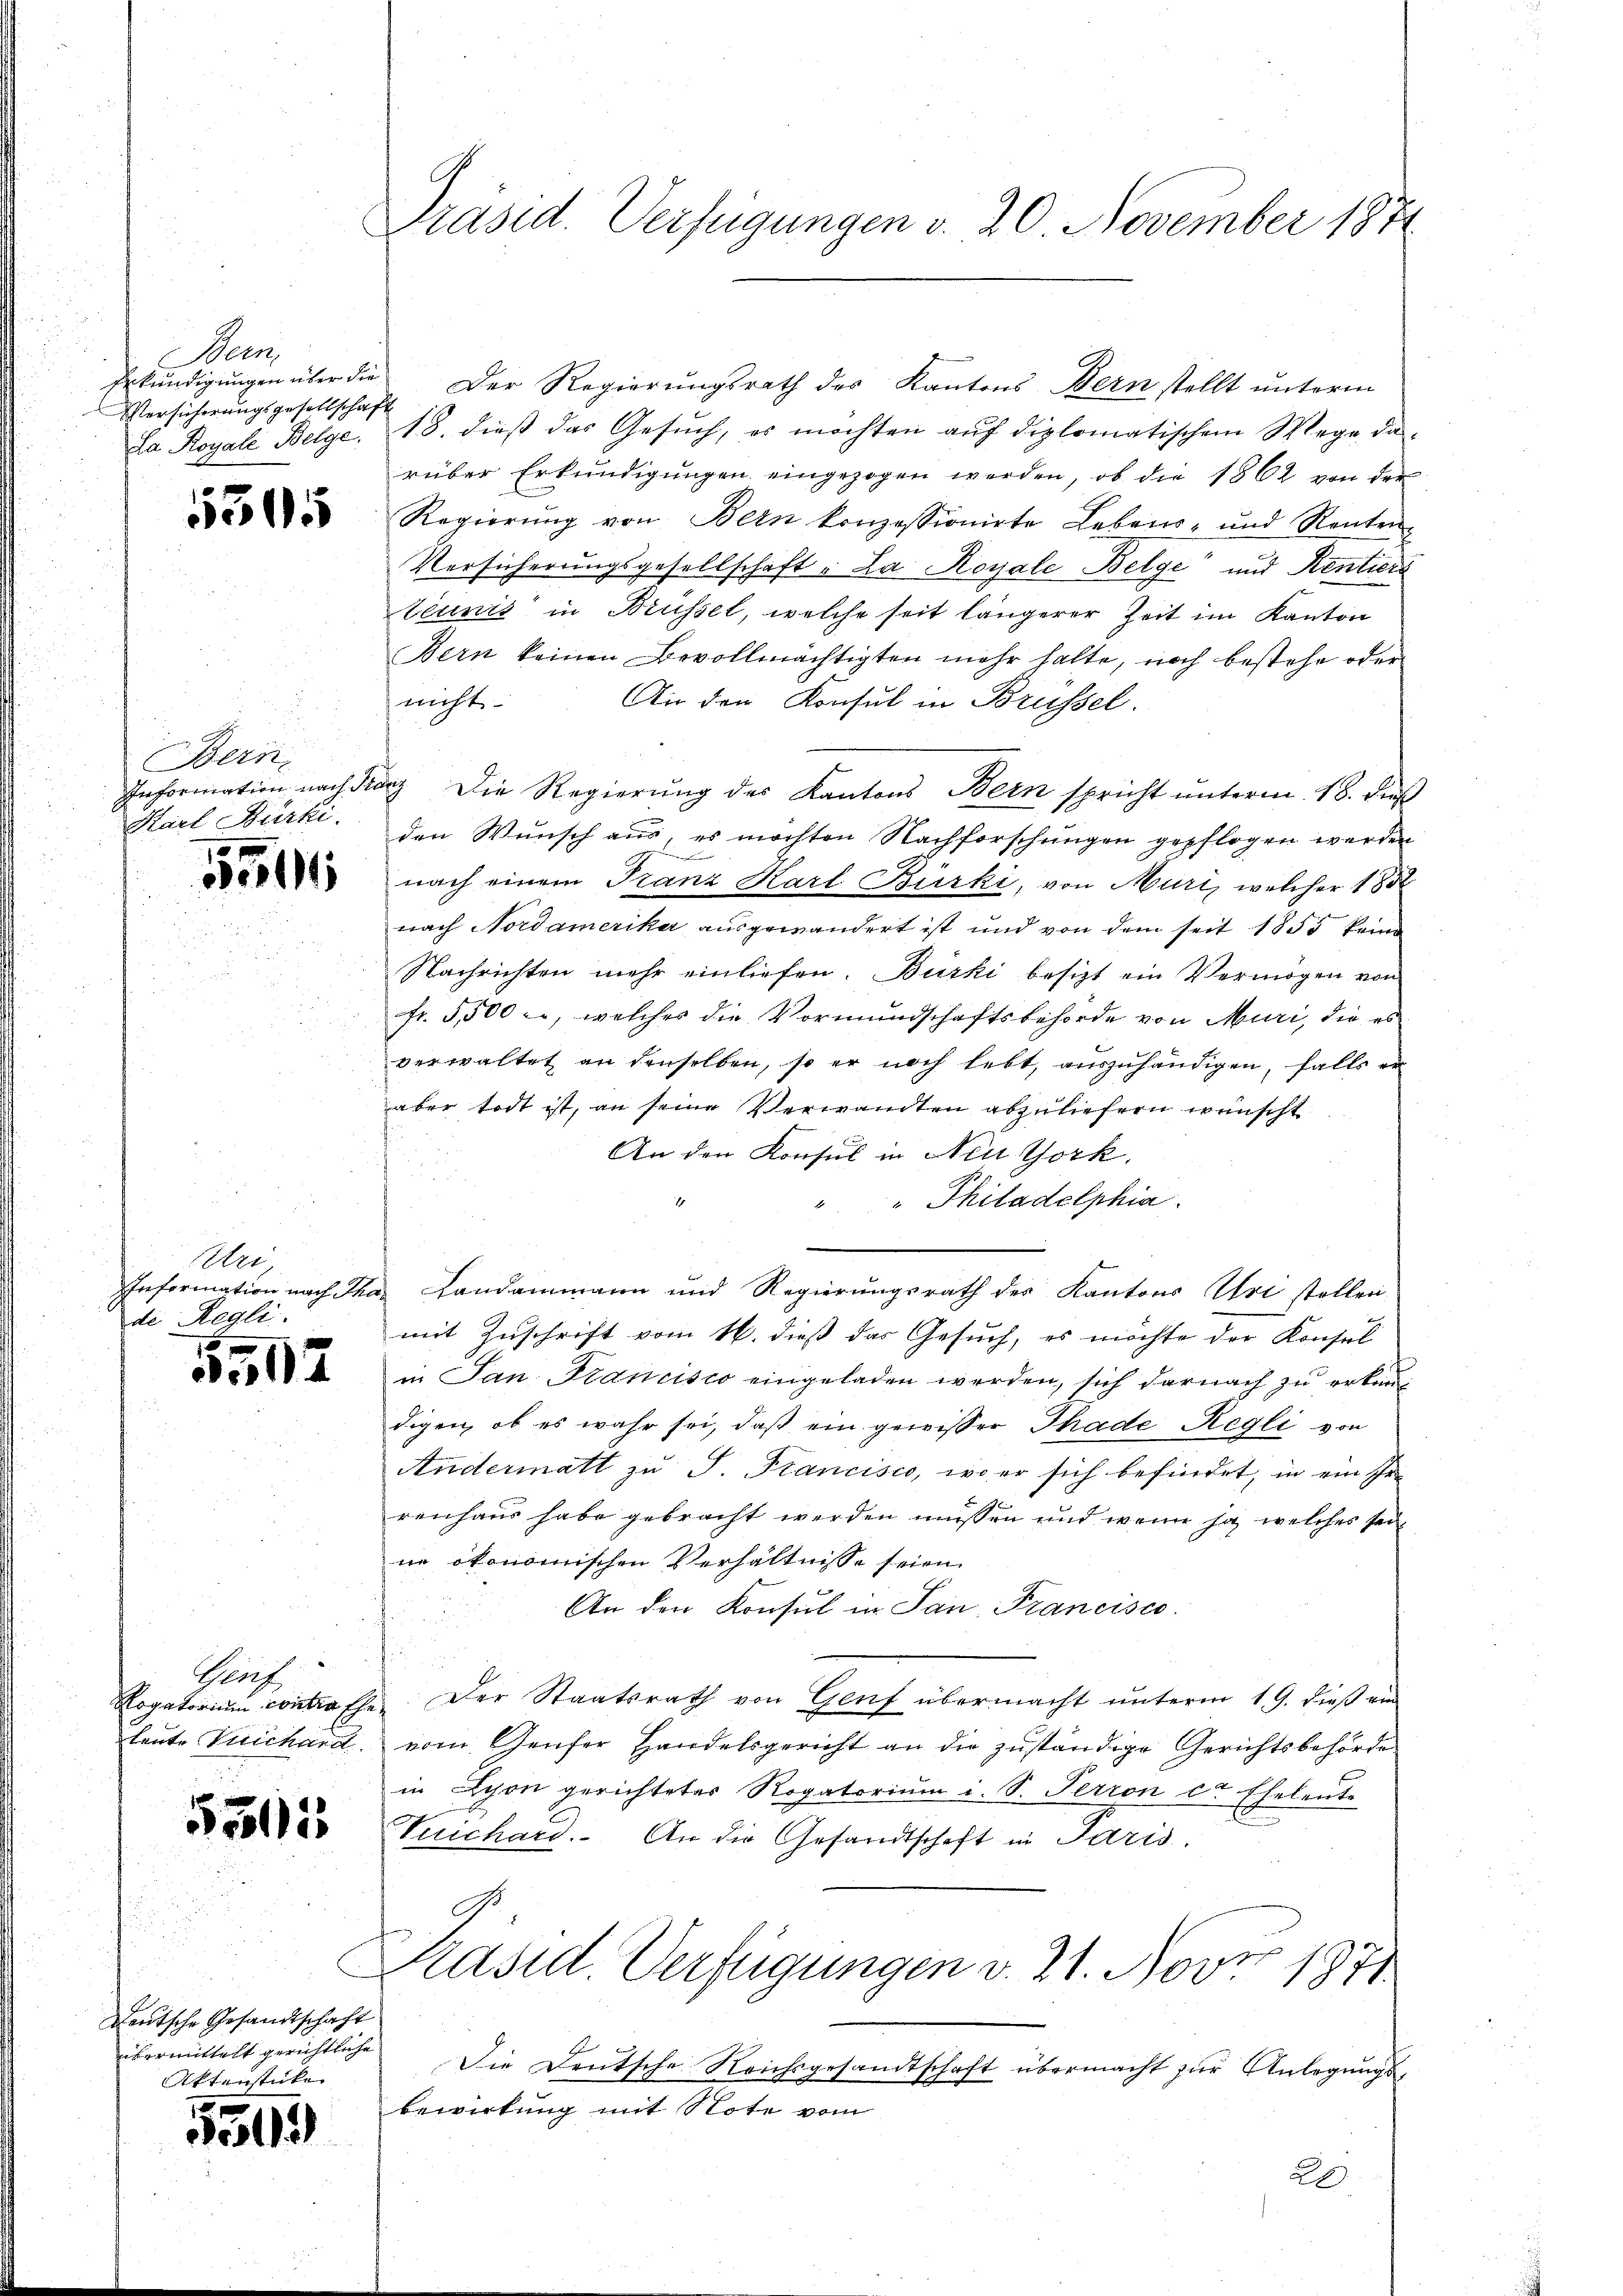
Seen
Versicherungsgesellschaft

1505

Bern.
Hael Bürki

554

Aller,
de Regli

10 x
17

Prof.

5505

Teutsche Gesandtschaft
übermittelt gerichtliche
Aktenstücke

e
e12

Erkundigungen über die Der Regierŭngsrath des Kantons Bern stellt ŭnterm
La Royale Belge. 18. dieß das Gesŭch, es möchten aŭf diplomatischem Wege da
rüber Erkundigŭngen eingezogen werden, ob die 1862 von der
Regierŭng von Bern konzessionirte Lebens- und Renten-
Versicherungsgesellschaft „La Royale Belge“ und Rentiers
Léunis in Brüssel, welche seit längerer Zeit im Kanton
Bern keinen Bevollmächtigten mehr halte, noch bestehe oder
nicht
An der Konsul in Brüssel.
Information nach darz die Regierŭng des Kantons Bern spricht ŭnterm 18. dieß
den Wunsch aus, es möchten Nachforschungen gepflogen werden
.
nach einem Franz Karl Bürki, von Muri, welcher 185
nach Nordamerikar ausgewandert ist und von dem seit 1855 keine
Nachrichten mehr einliefen. Bürki besitzt ein Vermögen von
fr. 5,500 c., welches die Vormundschaftsbehörde von Muri, die es
verwaltet an denselben, so er noch lebt, auszuhändigen, falls er
aber todt ist, an seine Verwandten abzuliefern wünscht
An den Konsul in Neu York
" Philadelphia
IInformation nach Thas Landammann und Regierungsrath des Kantons Uri stellen
mit Zuschrift vom 16. dieß das Gesuch, es möchte der Konsul
in Jan Francisco eingeladen werden, sich darnach zu erkundigen, ob es wahr sei, daß ein gewisser Thade Regli von
Andermatt zu S. Francisco, wo er sich befindet, in ein Ir
renhaus habe gebracht werden müssen und wenn ja welches seine ökonomischen Verhältnisse seien.
An den Konsul in San Francisco
Rogatorium contrache. Der Staatsrath von Genf übermacht unterm 19. dieß ein
leute Vuichard vom Genfer Handelsgericht an die zuständige Gerichtsbehörde
in Lyon gerichteter Rogatorium i. S. Perron er Eheleute
Vuichard. An die Gesandtschaft in Paris.
Präsid. Verfügungen d. 21. Nov 1877
Die Deutsche Reichsgesandtschaft übermacht zur Anlegungsbewirkung mit Note vom
26

E
Präsid. Verfügungen v. 20. November 1871